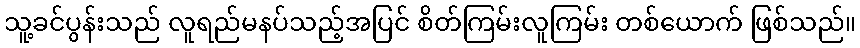
သူ့ခင်ပွန်းသည် လူရည်မနပ်သည့်အပြင် စိတ်ကြမ်းလူကြမ်း တစ်ယောက် ဖြစ်သည်။